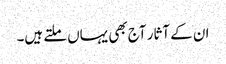
ان کے آثار آج بھی یہاں ملتے ہیں۔